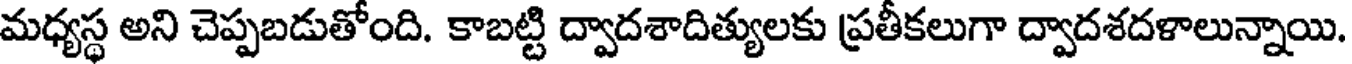
మధ్యస్థ అని చెప్పబడుతోంది. కాబట్టి ద్వాదశాదిత్యులకు ప్రతీకలుగా ద్వాదశదళాలున్నాయి.